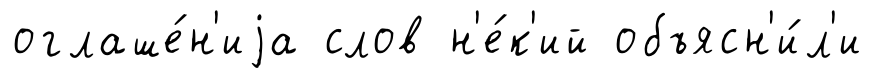
оглаше́н'иjа слов н'е́к'ий объясн'и́л'и